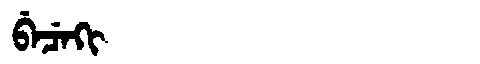
Manchu: ᠪᡝᠴᡝᡴᡳ
Romanization: BECEKI